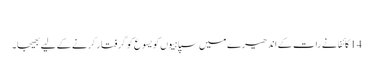
‏
14 کائفا نے رات کے اندھیرے میں سپاہیوں کو یسوع کو گِرفتار کرنے کے لیے بھیجا۔